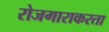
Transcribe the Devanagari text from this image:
रोजगाराकरता